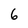
Character: 6